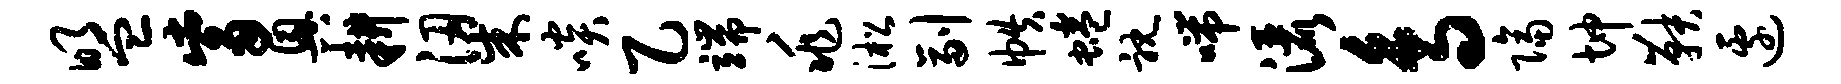
盟觜兴耕梁啖乙端兆淞副帙蜷耽喘洒鸟隔坤鞅边